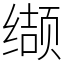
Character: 缬